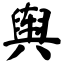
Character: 舆